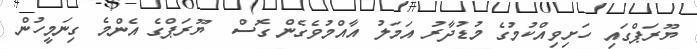
ޔޫރަޕްގައި ހަށިވިއްކުމުގެ މުޑުދާރު އަމަލު އާއްމުވެގެން ގޮސް  ޔޫރަޕްގެ އެންމެ ގިނަމީހުން